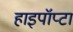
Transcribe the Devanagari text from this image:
हाइपॉप्टा